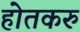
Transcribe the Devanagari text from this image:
होतकरु